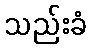
သည်းခံ